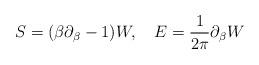
LaTeX: \begin{align*}S=(\beta \partial_\beta-1)W,~~~E={1 \over 2\pi} \partial_\beta W\end{align*}